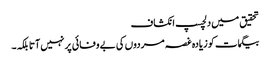
تحقیق میں دلچسپ انکشاف
بیگمات کو زیادہ غصہ مردوں کی بے وفائی پر نہیں آتا بلکہ۔